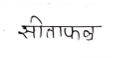
मजकूर: सीताफळ